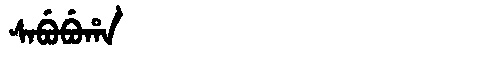
Manchu: ᠰᠠᠪᡠᠪᡠᡥᠠ
Romanization: SABUBUHA